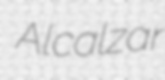
Alcalzar